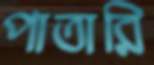
পাতারি